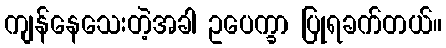
ကျန်နေသေးတဲ့အခါ ဥပေက္ခာ ပြုရခက်တယ်။